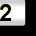
Digit: 2